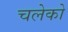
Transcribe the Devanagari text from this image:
चलेको